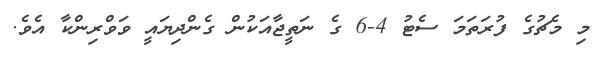
މި މެޗުގެ ފުރަތަމަ ސެޓު 4-6 ގެ ނަތީޖާއަކުން ގެންދިޔައީ ވަވްރިންކާ އެވެ.